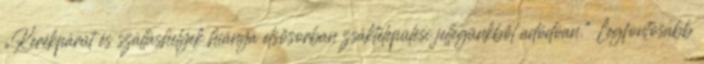
▪„Kerékpárút és szálláshelyek hiánya elsősorban zsáktelepülési jellegünkből adódóan.” Legfontosabb